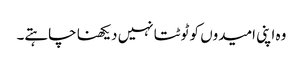
وہ اپنی امیدوں کو ٹوٹتا نہیں دیکھنا چاہتے۔